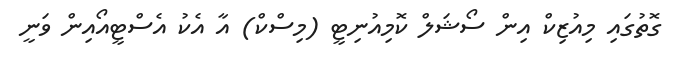
ގޮތުގައި މިއުޒިކް އިން ސޯޝަލް ކޮމިއުނިޓީ (މިސްކް) އާ އެކު އެސްޓީއޯއިން ވަނީ